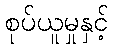
စုပ်ယူမှုနှင့်